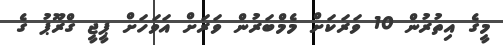
މީގެ އިތުރުން 10 ވަރަކަށް މެމްބަރުން ވަރަށް އަވަހަށް ޕީޖީ ގްރޫޕު ގެ